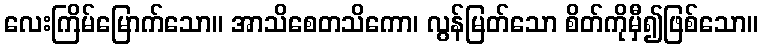
လေးကြိမ်မြောက်သော။ အာသိစေတသိကော၊ လွန်မြတ်သော စိတ်ကိုမှီ၍ဖြစ်သော။